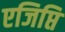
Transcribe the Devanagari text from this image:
एजिप्ति